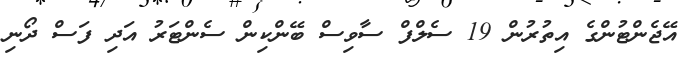
އޭޖެންޓުންގެ އިތުރުން 19 ސެލްފް ސާވިސް ބޭންކިން ސެންޓަރު އަދި ފަސް ދޯނި